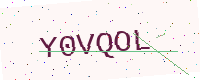
Text: Y0VQOL